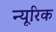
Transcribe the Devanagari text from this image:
न्यूरिक